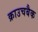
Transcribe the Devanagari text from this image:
क्राउचबैक